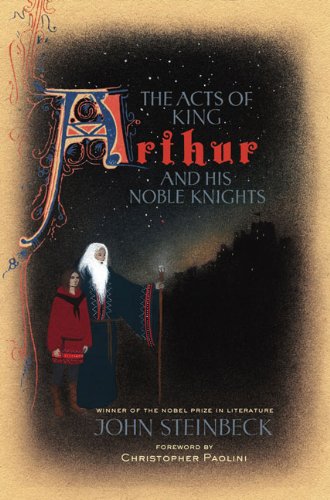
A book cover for The Acts of King Arthur and His Noble Knights; John Steinbeck; Science Fiction & Fantasy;